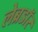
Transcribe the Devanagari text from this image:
लेब्रडॉर